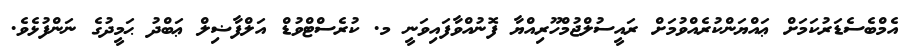
އެމްބެސެޑަރުކަމަށް ޢައްޔަންކުރެއްވުމަށް ރައީސުލްޖުމްހޫރިއްޔާ ފޮނުއްވާފައިވަނީ މ. ކުރެސްޓްވުޑް އަލްފާޟިލް ޢަބްދު ޙަމީދުގެ ނަންފުޅެވެ.